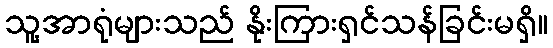
သူ့အာရုံများသည် နိုးကြားရှင်သန်ခြင်းမရှိ။